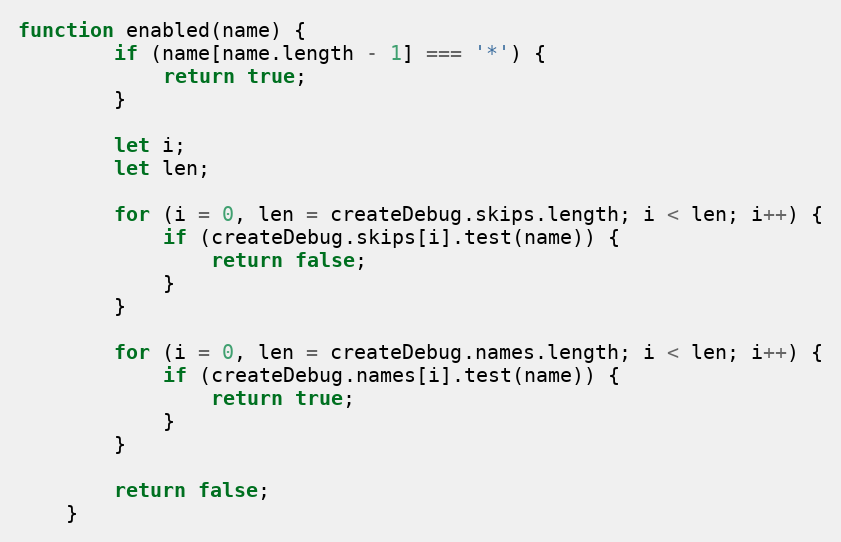
Language: JavaScript
function enabled(name) {
		if (name[name.length - 1] === '*') {
			return true;
		}

		let i;
		let len;

		for (i = 0, len = createDebug.skips.length; i < len; i++) {
			if (createDebug.skips[i].test(name)) {
				return false;
			}
		}

		for (i = 0, len = createDebug.names.length; i < len; i++) {
			if (createDebug.names[i].test(name)) {
				return true;
			}
		}

		return false;
	}